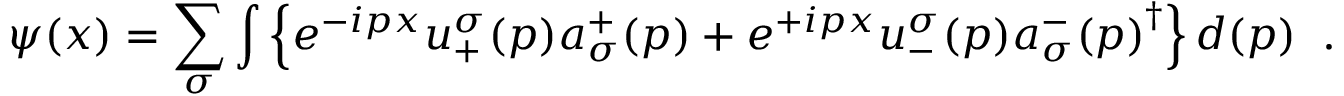
\psi ( x ) = \sum _ { \sigma } \int \left\{ e ^ { - i p x } u _ { + } ^ { \sigma } ( p ) a _ { \sigma } ^ { + } ( p ) + e ^ { + i p x } u _ { - } ^ { \sigma } ( p ) { a _ { \sigma } ^ { - } ( p ) } ^ { \dagger } \right\} d ( p ) \; \; .